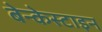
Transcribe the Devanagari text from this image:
बेन्केस्टाइन